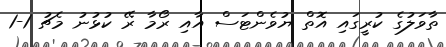
ތާވަލުގެ ކުރީގައި އޮތް ޔުވެންޓަސް އާއި ރޯމާ ރޭ ކުޅުނު މެޗު 1-1